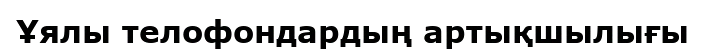
Ұялы телофондардың артықшылығы